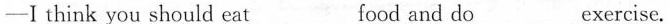
— I think you should eat___food and do ___exercise.